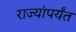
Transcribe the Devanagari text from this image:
राज्यांपर्यंत